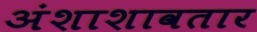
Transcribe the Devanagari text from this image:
अंशाशावतार